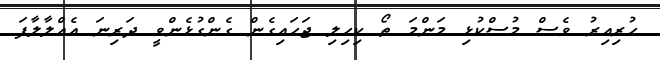
ހުރިއިރު ވެސް މުސްކުޅި މަންމަ ތޯ ކިހިލި ޖަހައިގެން ގެންގުޅެންވީ ދަރިނަ އެއްލާލާފަ